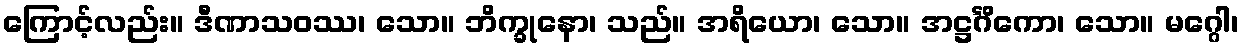
ကြောင့်လည်း။ ဒီဏာသဝဿ၊ သော။ ဘိက္ခုနော၊ သည်။ အရိယော၊ သော။ အဋ္ဌင်္ဂိကော၊ သော။ မဂ္ဂေါ၊